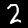
Digit: 2